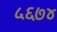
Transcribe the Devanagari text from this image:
५६७४